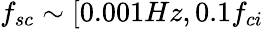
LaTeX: f_{sc}\sim[0.001Hz,0.1f_{ci}